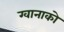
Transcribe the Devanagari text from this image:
ग्वानाको